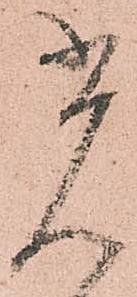
光